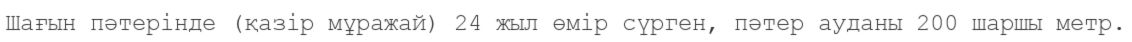
Шағын пәтерінде (қазір мұражай) 24 жыл өмір сүрген, пәтер ауданы 200 шаршы метр.